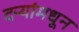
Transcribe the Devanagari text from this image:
दऱ्यांमधून